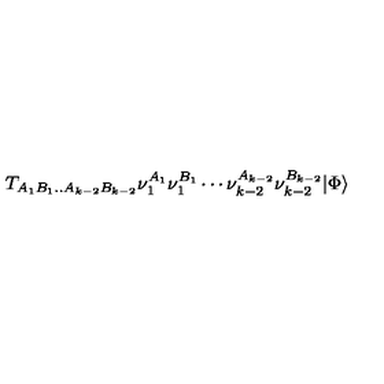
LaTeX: T _ { A _ { 1 } B _ { 1 } . . A _ { k - 2 } B _ { k - 2 } } \nu _ { 1 } ^ { A _ { 1 } } \nu _ { 1 } ^ { B _ { 1 } } \cdots \nu _ { k - 2 } ^ { A _ { k - 2 } } \nu _ { k - 2 } ^ { B _ { k - 2 } } \vert \Phi \rangle